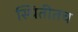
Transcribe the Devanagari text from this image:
स्थितीतच